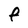
Character: f